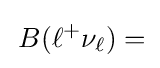
\,B(\ell ^{+}\mathrm {\nu } _{\ell })=